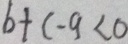
b + c - 9 < 0